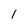
Character: 1